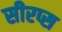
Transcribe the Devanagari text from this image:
सीरप्स